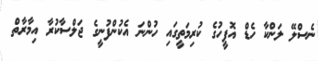
ނެސްލޭ ލަަންކާ ހެޑް އޮފީހުގެ ކުރިމަތީގައި ހުންނަ އެކުންފުނީގެ ޖަލްސާކުރާ އިމާރާތް